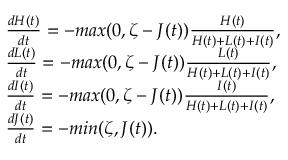
\begin{array} { l } { \frac { d H ( t ) } { d t } = - m a x ( 0 , \zeta - J ( t ) ) \frac { H ( t ) } { H ( t ) + L ( t ) + I ( t ) } , } \\ { \frac { d L ( t ) } { d t } = - m a x ( 0 , \zeta - J ( t ) ) \frac { L ( t ) } { H ( t ) + L ( t ) + I ( t ) } , } \\ { \frac { d I ( t ) } { d t } = - m a x ( 0 , \zeta - J ( t ) ) \frac { I ( t ) } { H ( t ) + L ( t ) + I ( t ) } , } \\ { \frac { d J ( t ) } { d t } = - m i n ( \zeta , J ( t ) ) . } \end{array}